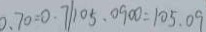
0 . 7 0 = 0 . 7 \vert 1 0 5 . 0 9 0 0 = 1 0 5 . 0 9